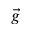
\vec { g }